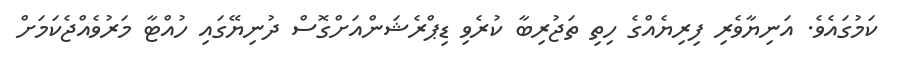
ކަމުގައެވެ. އަނިޔާވެރި ފިރިޔެއްގެ ހިތި ތަޖުރިބާ ކުރެވި ޑިޕްރެޝަންއަށްގޮސް ދުނިޔޭގައި ހުއްޓާ މަރުވެއްޖެކަމަށް